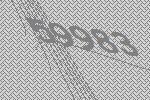
59983